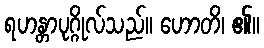
ရဟန္တာပုဂ္ဂိုလ်သည်။ ဟောတိ၊ ၏။